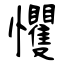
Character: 戄